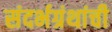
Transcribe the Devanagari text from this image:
संदर्भग्रंथांची